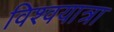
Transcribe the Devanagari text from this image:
विश्वयात्रा